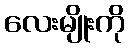
လေးမျိုးကို